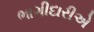
ભાગીદારીએ